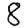
Digit: 8